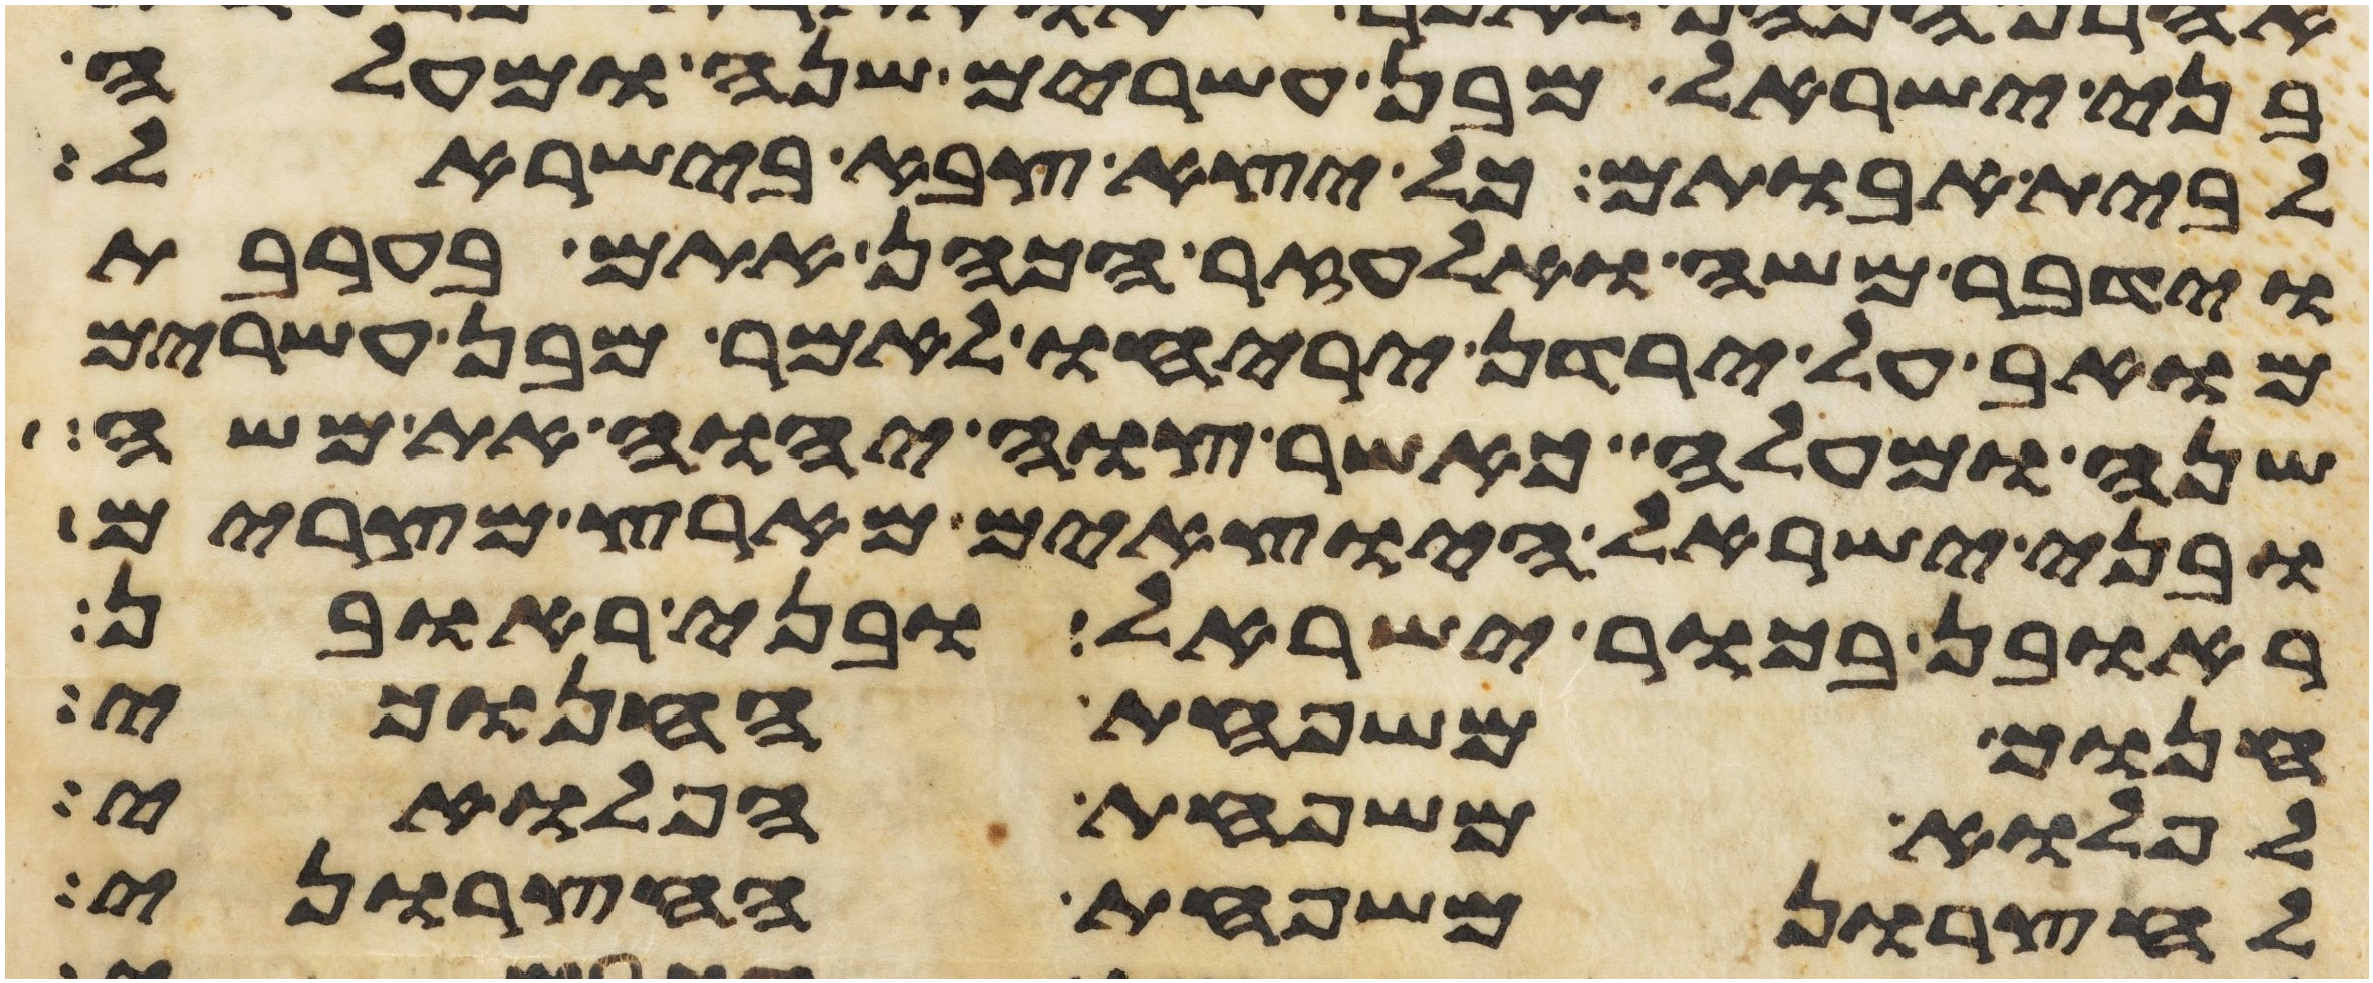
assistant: בני ישראל מבן עשרים שנה ומעלה
לבית אבותם כל יצא צבא בישראל
וידבר משה ואלעזר הכהן אתם בערבת
מואב על ירדן יריחו לאמר מבן עשרים
שנה ומעלה כאשר צוה יהוה את משה
ובני ישראל היוצאים מארץ מצרים
ראובן בכור ישראל ובני ראובן
חנוך משפחת החנוכי
לפלוא משפחת הפלואי
לחצרון משפחת החצרוני